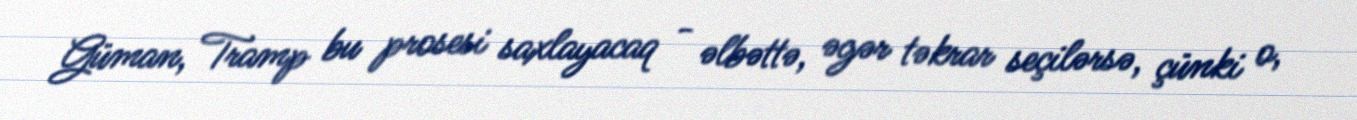
Güman, Tramp bu prosesi saxlayacaq - əlbəttə, əgər təkrar seçilərsə, çünki o,